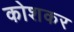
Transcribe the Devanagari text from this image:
कोशकर